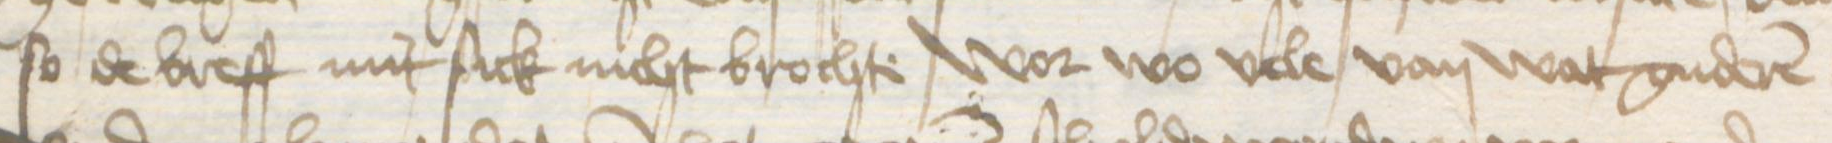
Transcription: so de breff mit sick nicht brochte wor wo vele van wat guderen